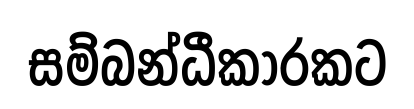
සම්බන්ධීකාරකට